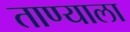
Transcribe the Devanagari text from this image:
ताण्याला